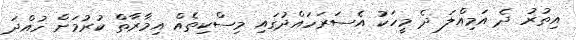
އިތުރު ދެ އަމިއްލަ ދެ މީހަކު އެސަރަހައްދުގައި މިސްކިތެއް އިމާރާތް ކުރުމަށް ހުއްދަ